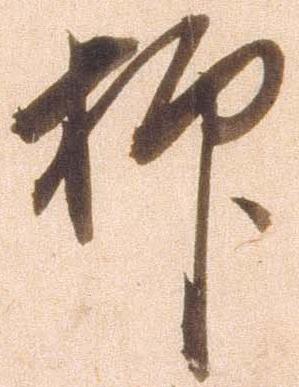
抑